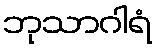
ဘုသာဂါရံ